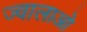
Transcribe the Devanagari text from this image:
ज्वालाओ